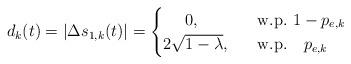
LaTeX: \begin{align*}d_k(t) = |\Delta s_{1,k}(t)| =\begin{cases}~~~~ 0, ~~ &\textrm{w.p.}~ 1-p_{e,k} \\2\sqrt{1-\lambda}, ~~&\textrm{w.p.}~~~p_{e,k}\end{cases}\end{align*}